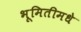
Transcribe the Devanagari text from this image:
भूमितीमधे